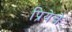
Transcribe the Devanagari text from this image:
प्रियेचे